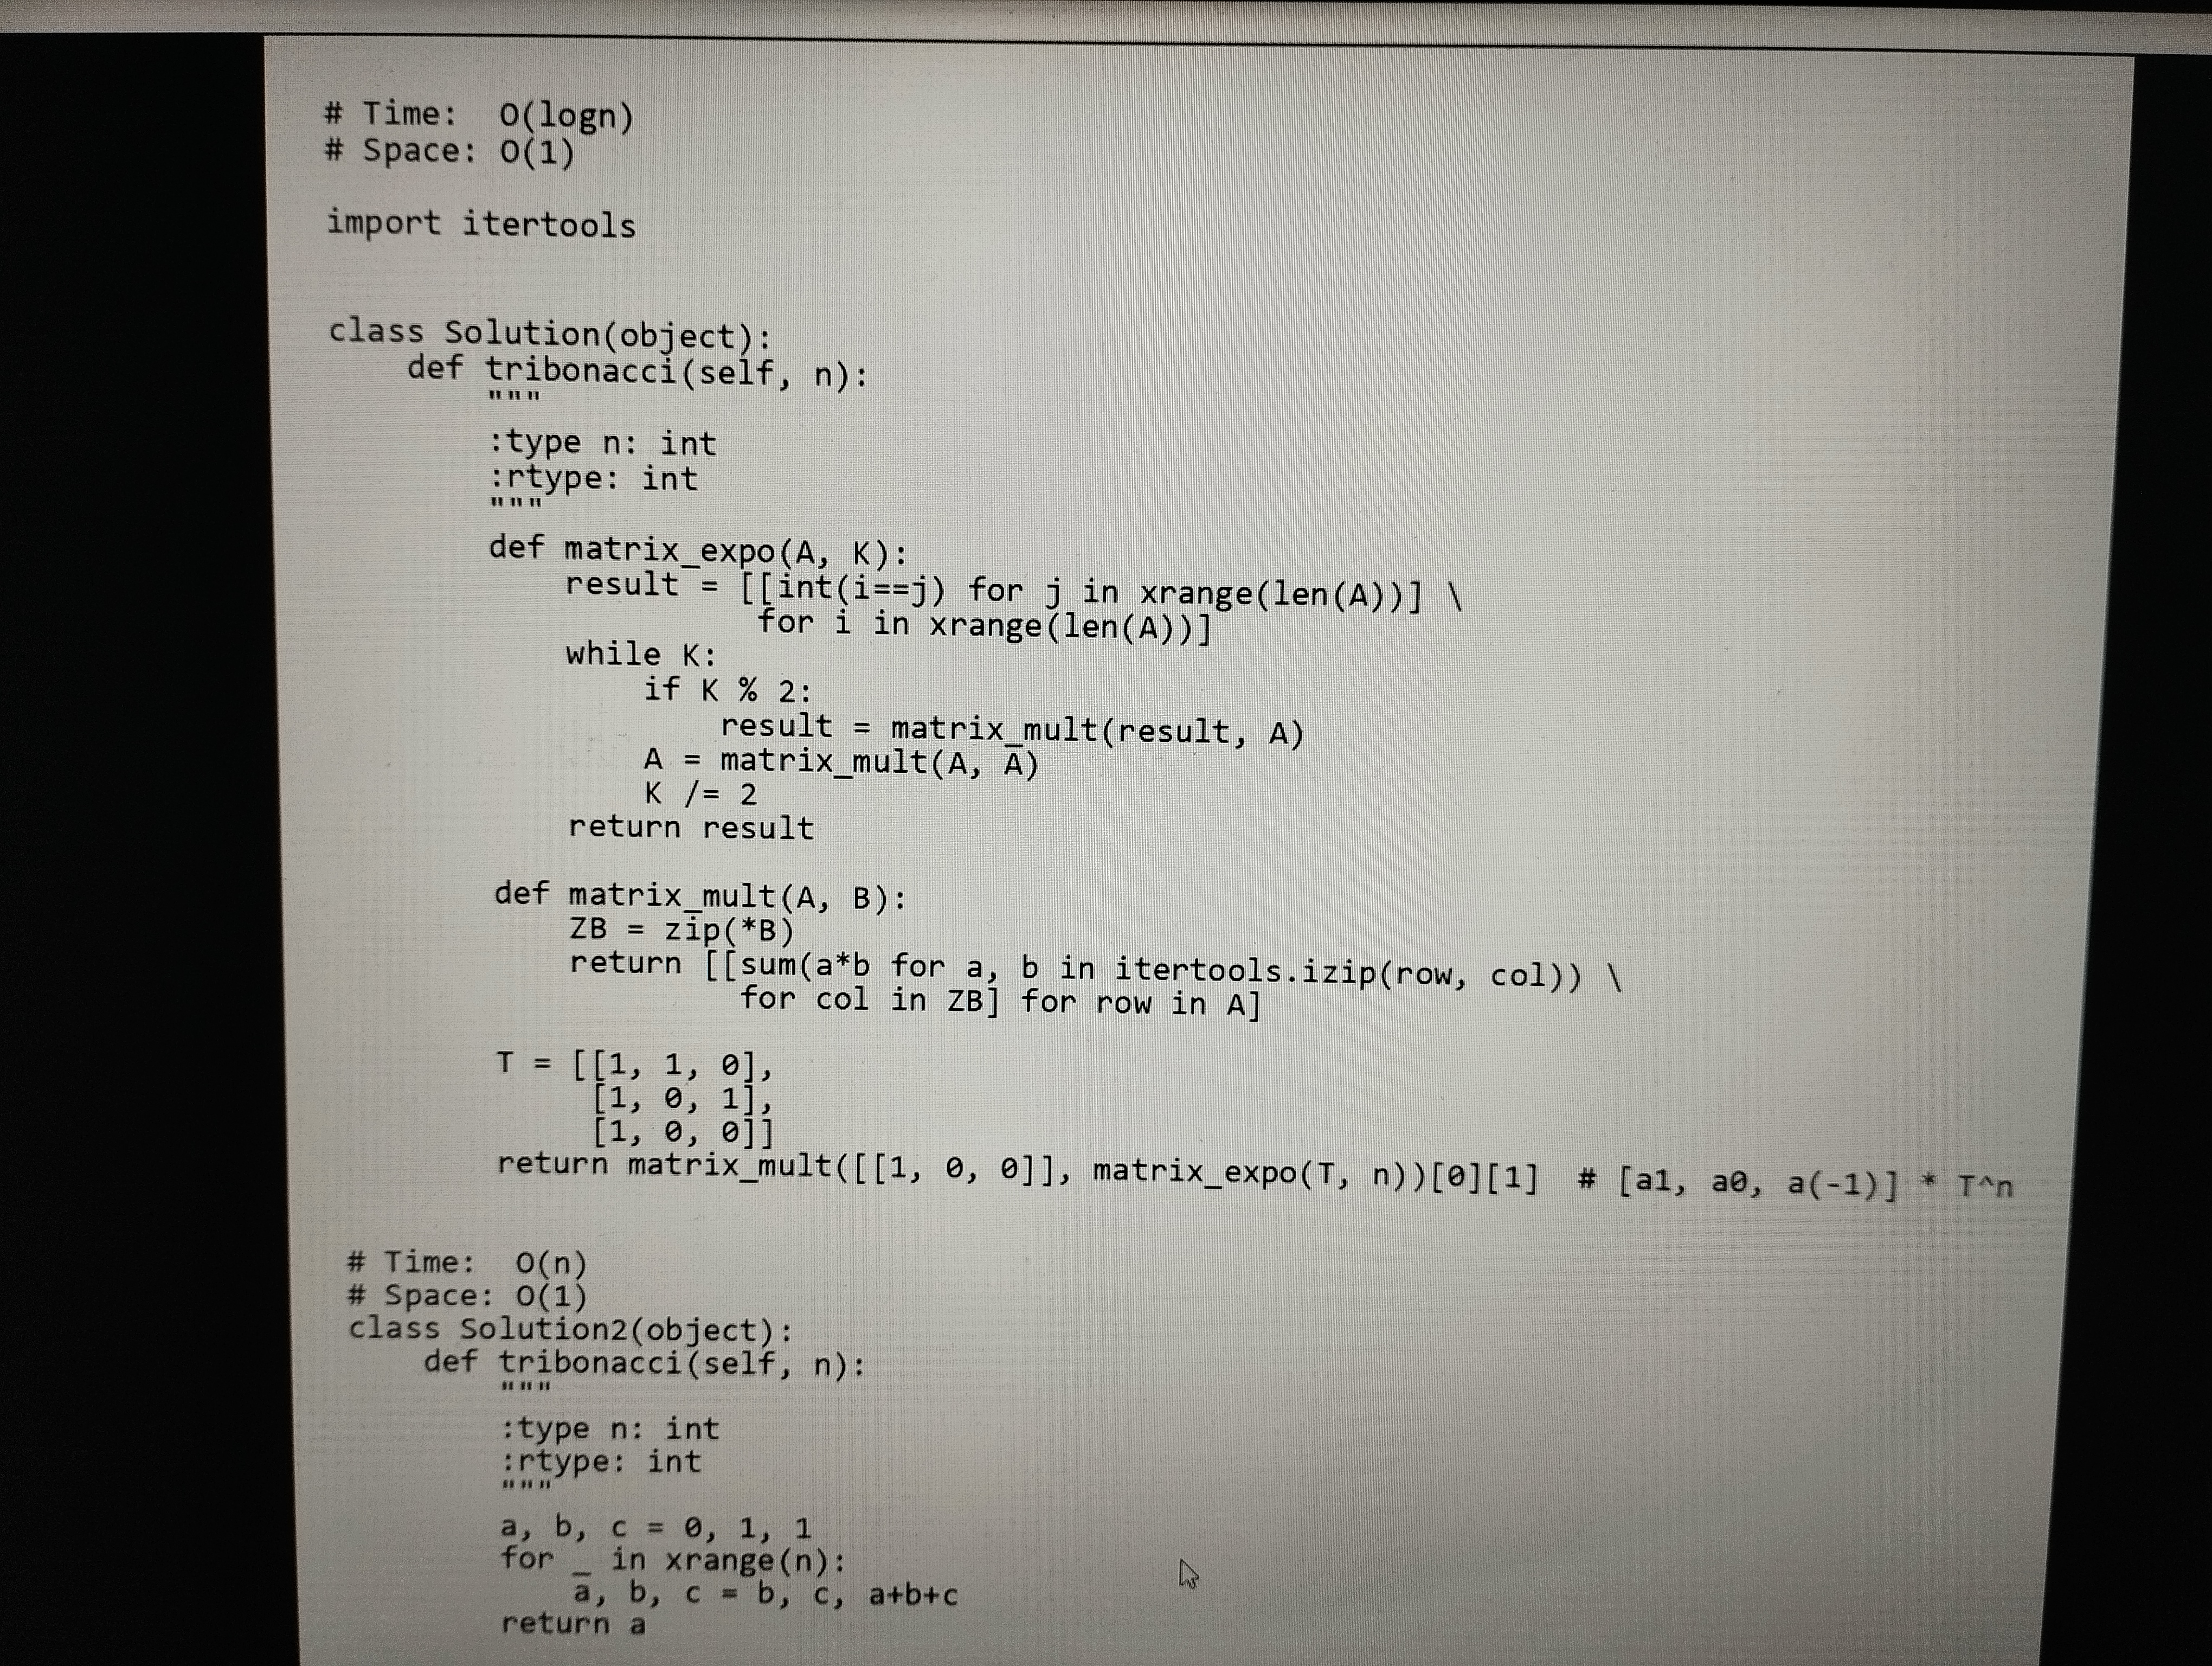
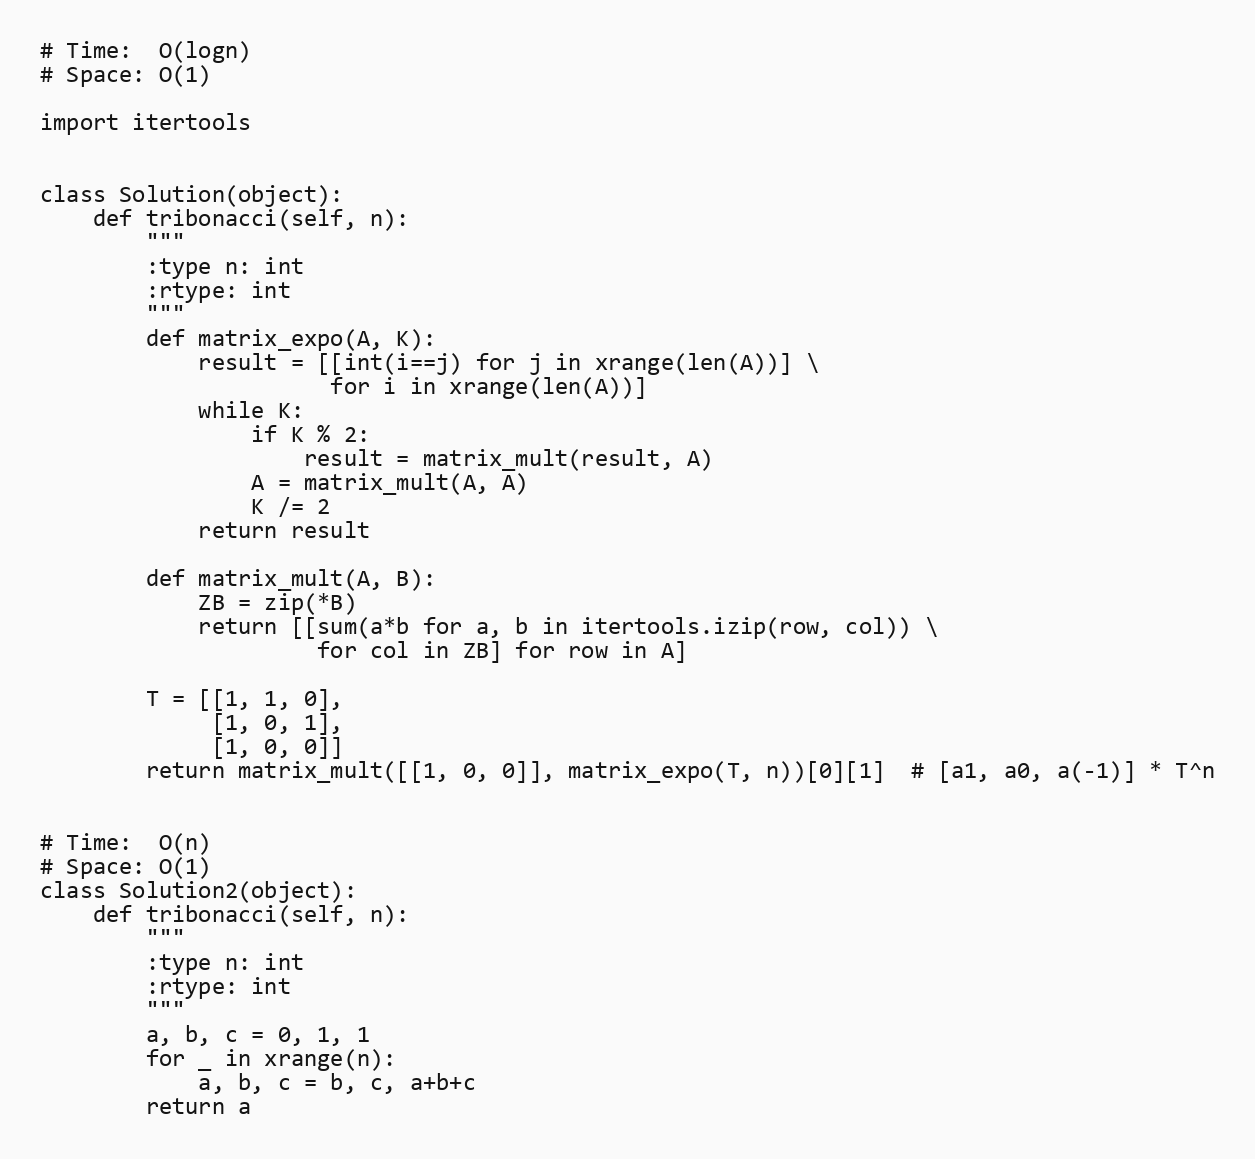
# Time:  O(logn)
# Space: O(1)

import itertools

class Solution(object):
    def tribonacci(self, n):
        """
        :type n: int
        :rtype: int
        """
        def matrix_expo(A, K):
            result = [[int(i==j) for j in xrange(len(A))] \
                      for i in xrange(len(A))]
            while K:
                if K % 2:
                    result = matrix_mult(result, A)
                A = matrix_mult(A, A)
                K /= 2
            return result

        def matrix_mult(A, B):
            ZB = zip(*B)
            return [[sum(a*b for a, b in itertools.izip(row, col)) \
                     for col in ZB] for row in A]

        T = [[1, 1, 0],
             [1, 0, 1],
             [1, 0, 0]]
        return matrix_mult([[1, 0, 0]], matrix_expo(T, n))[0][1]  # [a1, a0, a(-1)] * T^n

# Time:  O(n)
# Space: O(1)
class Solution2(object):
    def tribonacci(self, n):
        """
        :type n: int
        :rtype: int
        """
        a, b, c = 0, 1, 1
        for _ in xrange(n):
            a, b, c = b, c, a+b+c
        return a